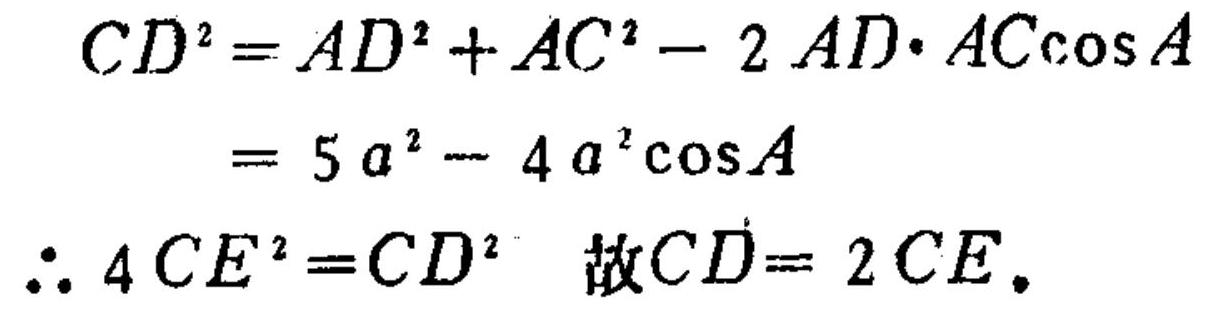
\[
\begin{align*}
CD^{2}&=AD^{2}+AC^{2}-2AD\cdot AC\cos A\\
&=5a^{2}-4a^{2}\cos A
\end{align*}
\]
\(\therefore 4CE^{2}=CD^{2}\) 故\(CD = 2CE\)。